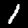
Label: 1